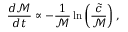
\frac { d \mathcal { M } } { d t } \propto - \frac { 1 } { \mathcal { M } } \ln \left( \frac { \tilde { c } } { \mathcal { M } } \right) ,